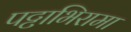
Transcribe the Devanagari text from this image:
पट्टाभिरामा